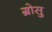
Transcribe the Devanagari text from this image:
ग्रोसु